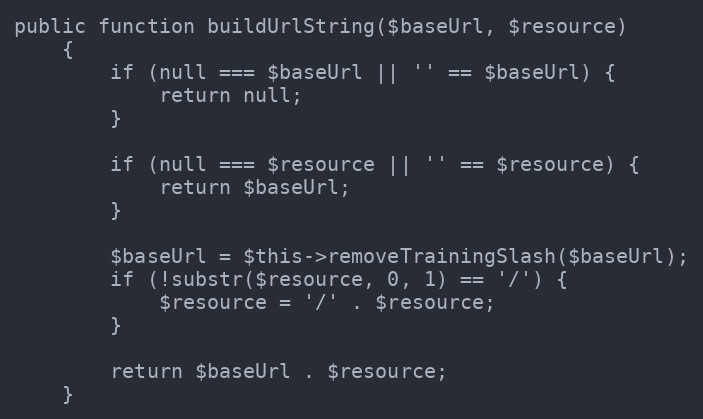
Language: PHP
public function buildUrlString($baseUrl, $resource)
    {
        if (null === $baseUrl || '' == $baseUrl) {
            return null;
        }

        if (null === $resource || '' == $resource) {
            return $baseUrl;
        }

        $baseUrl = $this->removeTrainingSlash($baseUrl);
        if (!substr($resource, 0, 1) == '/') {
            $resource = '/' . $resource;
        }

        return $baseUrl . $resource;
    }